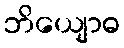
ဘိယျောဓ